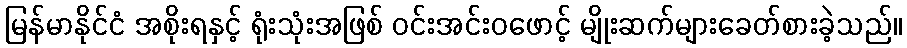
မြန်မာနိုင်ငံ အစိုးရနှင့် ရုံးသုံးအဖြစ် ဝင်းအင်းဝဖောင့် မျိုးဆက်များခေတ်စားခဲ့သည်။